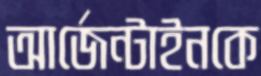
আর্জেন্টাইনকে